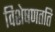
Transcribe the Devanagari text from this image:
विशेषणतति